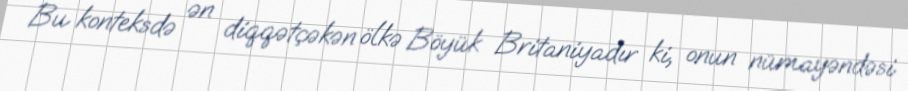
Bu konteksdə ən diqqətçəkən ölkə Böyük Britaniyadır ki, onun nümayəndəsi